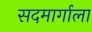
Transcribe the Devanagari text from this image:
सदमार्गाला